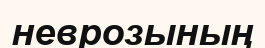
неврозының